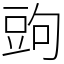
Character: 𧯠